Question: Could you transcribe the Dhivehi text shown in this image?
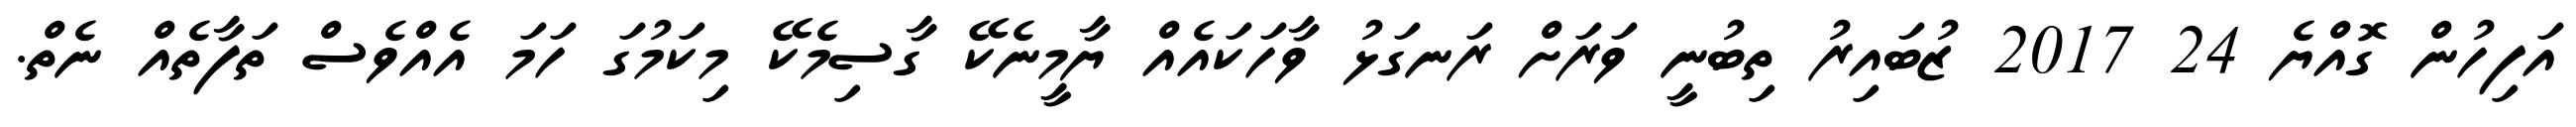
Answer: އަފިހުން ގޮއްޔެ 24 2017 ޒުބައިރު ތިބުނީ ވަރަށް ރަނގަޅު ވާހަކައެއް ޔާމީނެކޭ ގާސިމެކޭ މިކަމުގަ ހަމަ އެއްވެސް ތަފާތެއް ނެތް.